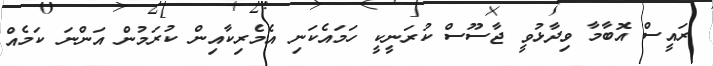
ރައީސް އޮބާމާ ވިދާޅުވީ ޖާސޫސް ކުރަނީކީ ހަމައެކަނި އެމެރިކާއިން ކުރަމުން އަންނަ ކަމެއް